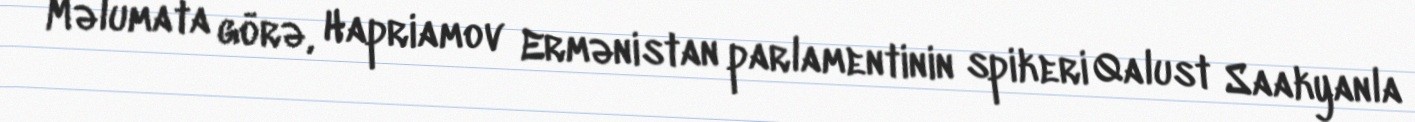
Məlumata görə, Hapriamov Ermənistan parlamentinin spikeri Qalust Saakyanla